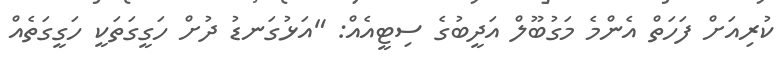
ކުރިއަށް ފަހަތް އެންމެ މަގުބޫލް އަދީބުގެ ސިޓީއެއް: "އަޅުގަނޑު ދުށް ހަގީގަތަކީ ހަގީގަތެއް